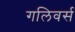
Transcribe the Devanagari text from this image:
गलिवर्स